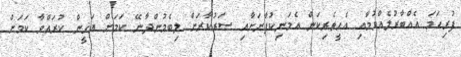
ފުރިހަމަ އެއްބާރުލެއްވުމާއި އެހީތެރިކަން އެމަނިކުފާނަށާއި ސަރުކާރަށް ލިބެމުންދާނޭ ކަމަށް ޔަޤީން ކުރައްވާ ކަމަށް